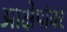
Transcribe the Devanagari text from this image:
आक्षेपांवर